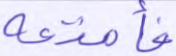
فأمتعه